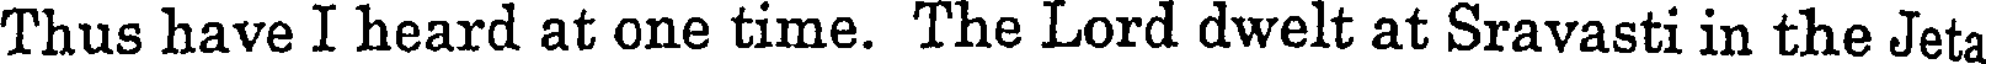
Thus have I heard at one time. The Lord dwelt at Sravasti in the Jeta